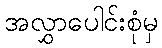
အလွှာပေါင်းစုံမှ